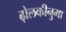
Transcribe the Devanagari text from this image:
ढ़ोलकीनुमा